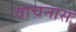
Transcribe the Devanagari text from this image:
वाचनास